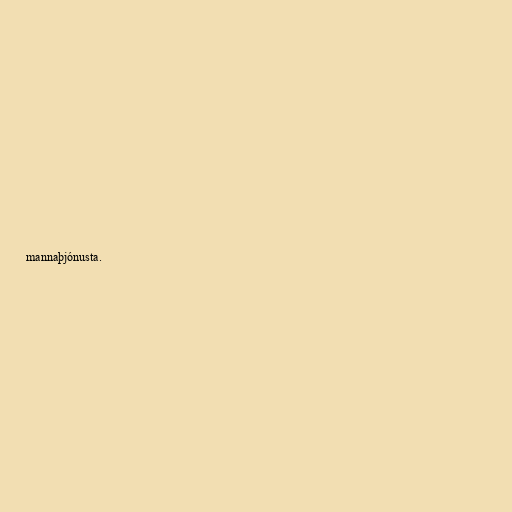
mannaþjónusta.